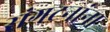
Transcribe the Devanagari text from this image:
संगटनांना